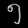
Digit: ၅